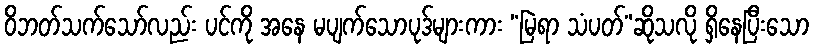
ဝိဘတ်သက်သော်လည်း ပင်ကို အနေ မပျက်သောပုဒ်များကား “မြဲရာ သံပတ်”ဆိုသလို ရှိနေပြီးသော